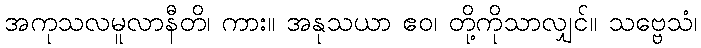
အကုသလမူလာနီတိ၊ ကား။ အနုသယာ ဧဝ၊ တို့ကိုသာလျှင်။ သဗ္ဗေသံ၊